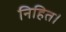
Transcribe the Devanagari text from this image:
निहित।